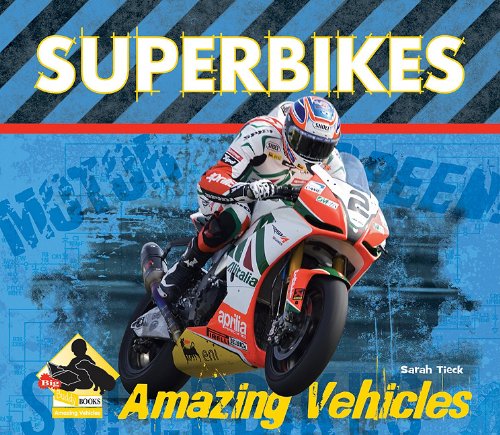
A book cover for Superbikes (Amazing Vehicles Set 2); Sarah Tieck; Children's Books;